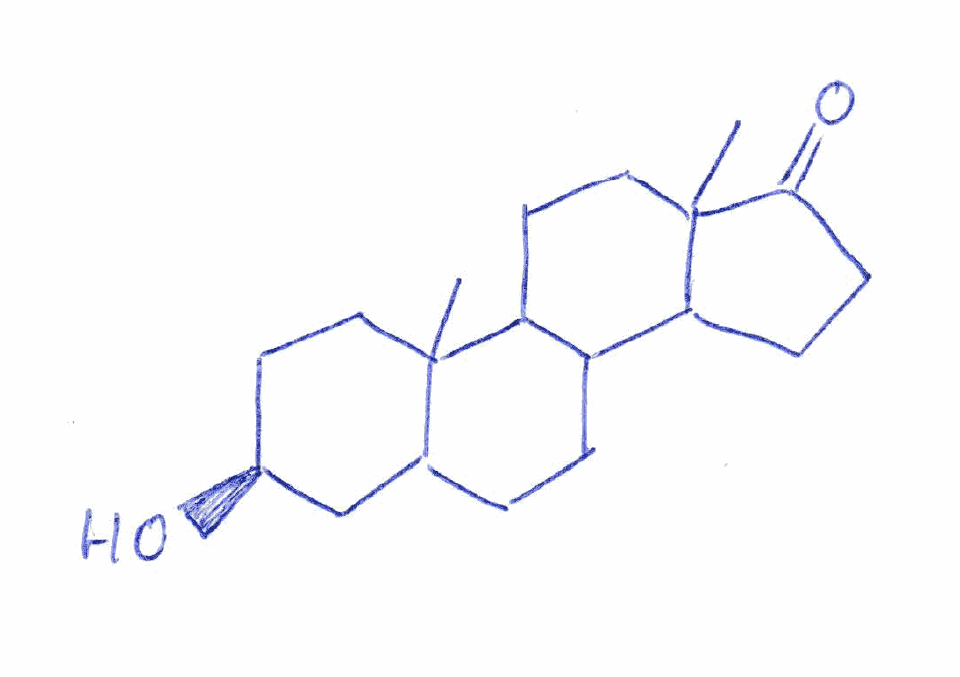
Simplified molecular-input line-entry system (SMILES) notation of the given molecule:
CC12CC[C@@H](CC1CCC3C2CCC4(C3CCC4=O)C)O